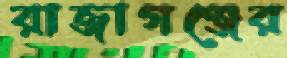
রাজাগঞ্জের